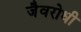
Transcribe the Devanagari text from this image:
जैवरोधी